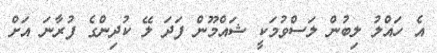
އެ ހައްލު ލިބުން ލަސްވުމަކީ ޝައްމޫން ފަދަ ލޭ ކުދިންގެ ފުރާނަ އަށް